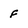
Character: f